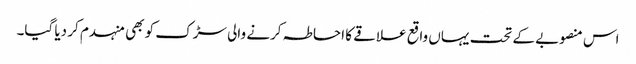
اس منصوبے کے تحت یہاں واقع علاقے کا احاطہ کرنے والی سڑک کو بھی منہدم کر دیا گیا۔